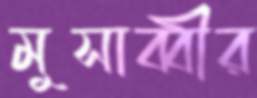
মুসাব্বীর